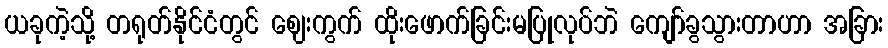
ယခုကဲ့သို့ တရုတ်နိုင်ငံတွင် ဈေးကွက် ထိုးဖောက်ခြင်းမပြုလုပ်ဘဲ ကျော်ခွသွားတာဟာ အခြား